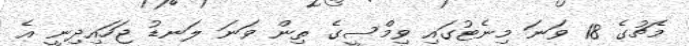
މެޗުގެ 18 ވަނަ މިނެޓުގައި ވިމްސީގެ ތިން ވަނަ ލަނޑު ޖަހައިދިނީ އެ